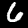
Digit: 6